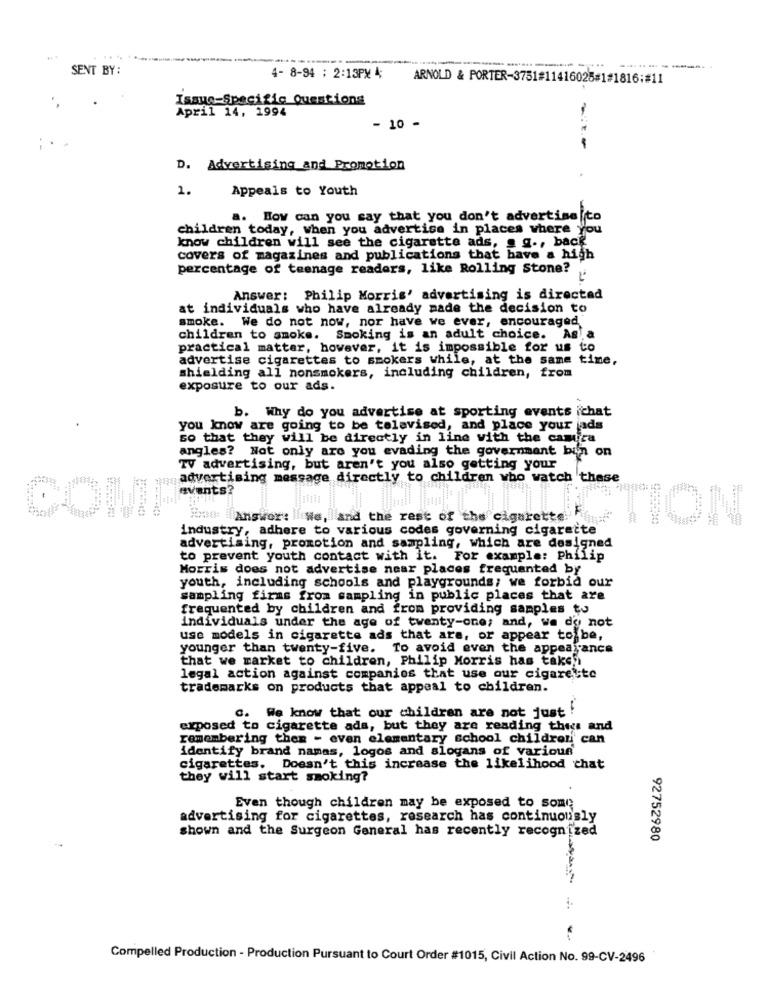
.. ...
SENT BY:
4- 8-94 : 2:13PM
ARNOLD & PORTER-3751#11416025#1#1816:#11
Issue-Specific Questions
April 14, 1994
- 10 -
D. Advertising and Promotion
1.
Appeals to Youth
a. How can you say that you don't advertise t
children today, when you advertise in places where you
know children will see the cigarette ads, s g ., back
covers of magazines and publications that have a high
percentage of teenage readers, like Rolling Stone?
Answer: Philip Morris' advertising is directad
at individuals who have already made the decision to
smoke. We do not now, nor have we ever, encouraged,
children to smoke. Smoking is an adult choice. As a
practical matter, however, it is impossible for us to
advertise cigarettes to smokers while, at the same time,
shielding all nonsmokers, including children, from
exposure to our ads.
b. Why do you advertise at sporting events ichat
you know are going to be telavisod, and place your ads
so that they will be directly in line with the cantica
angles? Not only are you evading the government bin on
TV advertising, but aren't you also getting your
advertising message directly to children who watch these
NON
industry, adhere to various codes governing cigarette
Answer: We, and the rest of the cigarett
advertising, promotion and sampling, which are designed
to prevent youth contact with it. For example: Philip
Morris does not advertise near places frequented by
youth, including schools and playgrounds; we forbid our
sampling firms from sampling in public places that are
frequented by children and from providing samples to
individuals under the age of twenty-one; and, we do not
use models in cigarette ads that are, or appear to be,
younger than twenty-five. To avoid even the appearance
that we market to children, Philip Morris has take,
legal action against companies that use our cigarette
trademarks on products that appeal to children.
c. We know that our children are not just !
exposed to cigarette ads, but they are reading this and
remembering them - even elementary school children can
identify brand names, logos and slogans of various
cigarettes. Doesn't this increase the likelihood chat
they will start smoking?
Even though children may be exposed to some
advertising for cigarettes, research has continuously
shown and the Surgeon General has recently recognized
92752980
Compelled Production - Production Pursuant to Court Order #1015, Civil Action No. 99-CV-2496